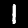
Label: 1